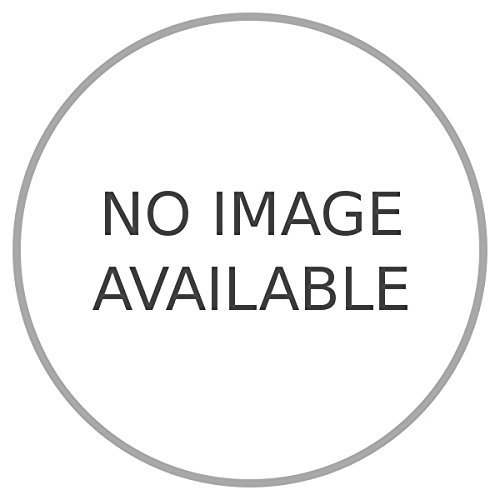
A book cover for La Federazione Rhodesia - Nyasaland.; PELLEGRINI Lino -; Travel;